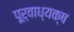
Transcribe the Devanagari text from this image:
पूर्वाध्यक्ष